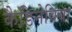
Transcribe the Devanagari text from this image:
कैडिनेविया